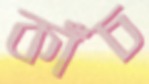
কাঁচ